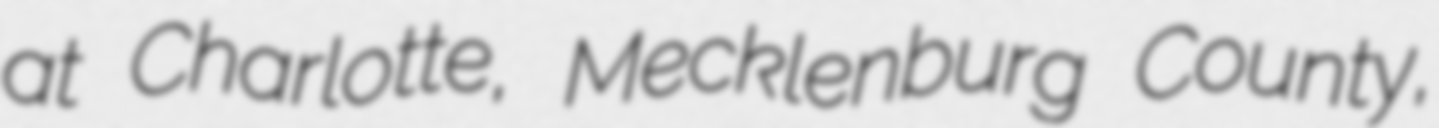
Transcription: at Charlotte, Mecklenburg County,